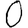
Digit: 0